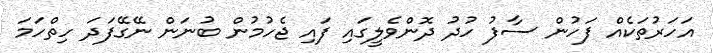
އަހަރުތަކެއް ފަހުން ސާފު ހުދު ދޮންވެލީގައި ފައި ޖެހުމުން ބުނަން ނޭގޭފަދަ ހިތްހަމަ